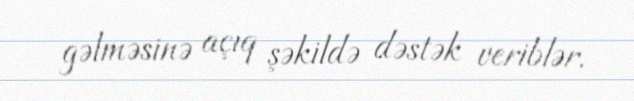
gəlməsinə açıq şəkildə dəstək veriblər.